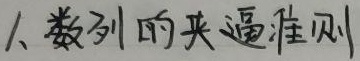
1、数列的夹逼准则